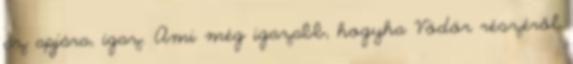
az apjára, igaz. Ami még igazabb, hogyha Vödör részéről